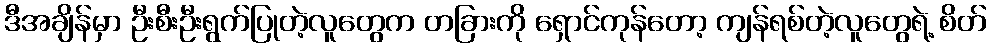
ဒီအချိန်မှာ ဦးစီးဦးရွက်ပြုတဲ့လူတွေက တခြားကို ရှောင်ကုန်တော့ ကျန်ရစ်တဲ့လူတွေရဲ့ စိတ်